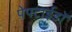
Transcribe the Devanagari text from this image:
पेपटाईडों